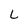
Character: L